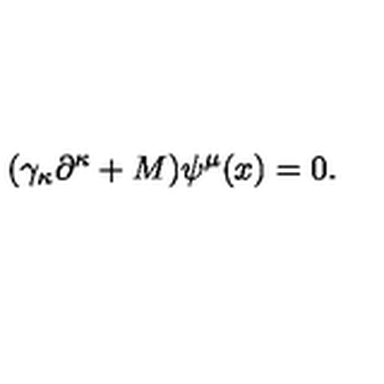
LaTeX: ( \gamma _ { \kappa } \partial ^ { \kappa } + M ) \psi ^ { \mu } ( x ) = 0 .